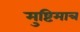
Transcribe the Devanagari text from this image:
मुष्टिमात्र